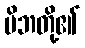
မိဘတို့၏